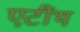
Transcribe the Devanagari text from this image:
एटींथ